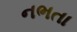
નભતા